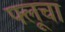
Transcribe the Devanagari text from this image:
फ्लूचा